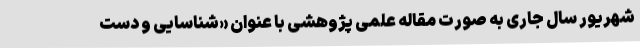
شهریور سال جاری به صورت مقاله علمی پژوهشی با عنوان «شناسایی و دست